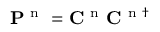
\mathbf { P } ^ { \mathrm { ~ n ~ } } = \mathbf { C } ^ { \mathrm { ~ n ~ } } \mathbf { C } ^ { \mathrm { ~ n ~ } \dagger }